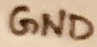
Text: GND